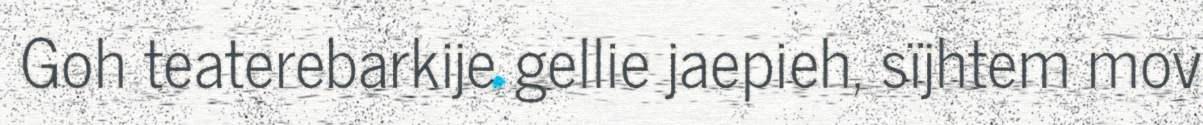
Goh teaterebarkije gellie jaepieh, sïjhtem mov